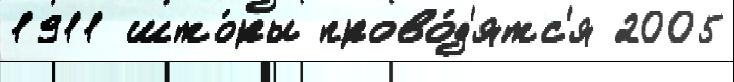
1911 што́ры прово́д'ятс'я 2005